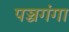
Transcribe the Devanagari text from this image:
पञ्चगंगा